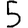
Digit: 5